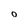
Character: 0